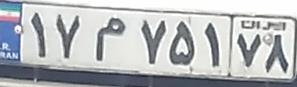
۱۷م۷۵۱۷۸